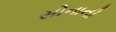
સોનાની